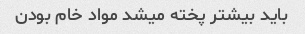
باید بیشتر پخته میشد مواد خام بودن